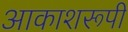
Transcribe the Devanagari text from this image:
आकाशरूपी